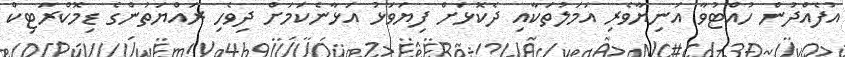
އުފެއްދުން ހުއްޓުވާ އަނިޔާވެރި އަމަލުތަކާއި ދެެކޮޅަށް ފިޔަވަޅު އަޅާނެކަމަށް ދިވެހި ރައްޔަތުންގެ ޑިމޮކްރަޓިކް